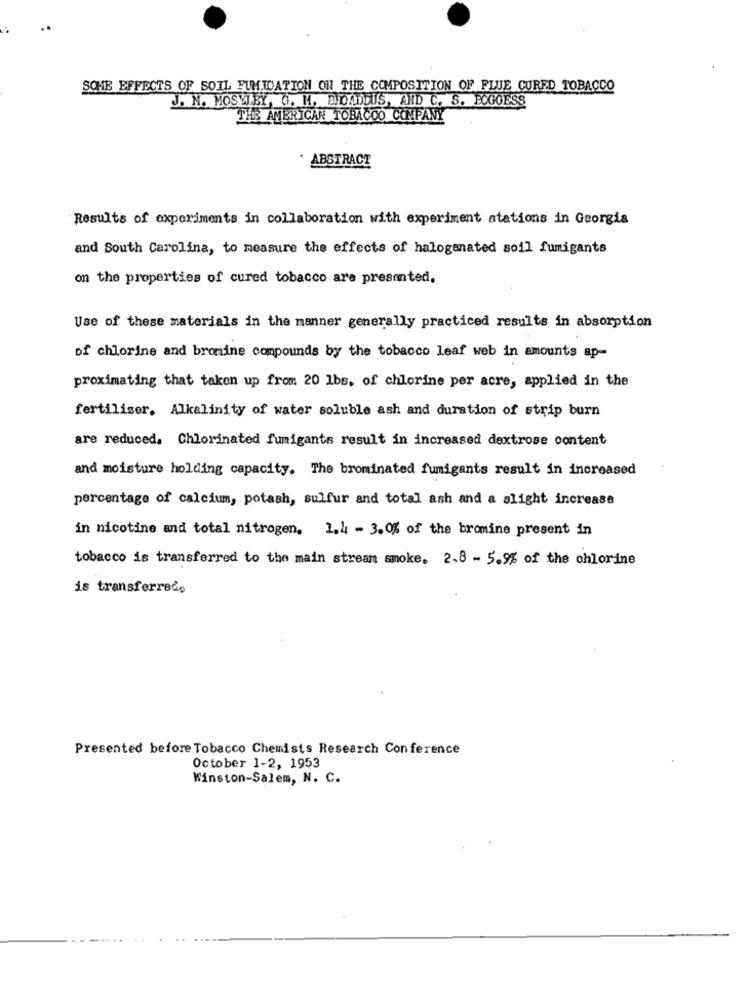
SCHE EFFECTS OF SOIL FUMICATION ON THE COMPOSITION OF FLUE CURED TOBACCO
J. M. MOSELEY, G. M. BROADDUS, AND C. S. BOGGESS
THE AMERICAN TOBACCO COMPANY
ABSTRACT
Results of experiments in collaboration with experiment stations in Georgia
and South Carolina, to measure the effects of halogenated soil fumigants
on the properties of cured tobacco are presented,
Use of these materials in the manner generally practiced results in absorption
of chlorine and bromine compounds by the tobacco leaf web in amounts ap-
proximating that taken up from 20 1bs, of chlorine per acre, applied in the
fertilizer. Alkalinity of water soluble ash and duration of strip burn
are reduced. Chlorinated fumigants result in increased dextrose content
and moisture holding capacity. The brominated fumigants result in increased
percentage of calcium, potash, sulfur and total ash and a slight increase
in nicotine and total nitrogen. 1.4 - 3.0% of the bromine present in
tobacco is transferred to the main stream smoke. 2.8 - 5.9% of the chlorine
is transferred.
Presented before Tobacco Chemists Research Conference
October 1-2, 1953
Winston-Salem, N. C.